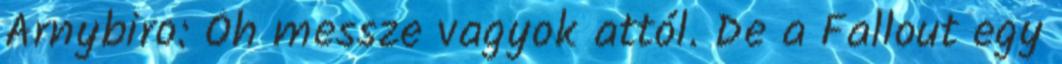
Arnybiro: Óh messze vagyok attól. De a Fallout egy